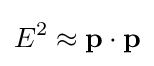
E^{2}\approx \mathbf {p} \cdot \mathbf {p}